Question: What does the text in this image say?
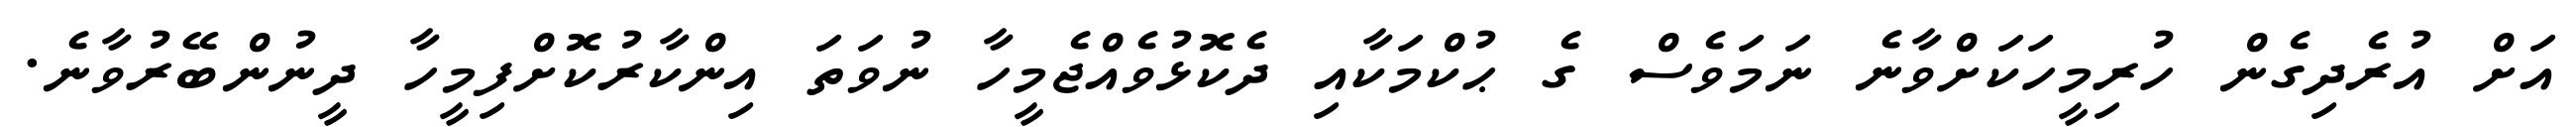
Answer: އަށް އުރެދިގެން ހުރިމީހަކަށްވާނެ ނަމަވެސް ގެ ޙުކްމަކާއި ދެކޮޅުވެއްޖެމީހާ ނުވަތަ އިންކާރުކޮށްފިމީހާ ދީނުންބޭރުވާނެ.